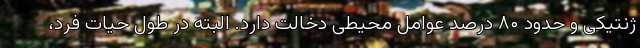
ژنتیکی و حدود ۸۰ درصد عوامل محیطی دخالت دارد. البته در طول حیات فرد،